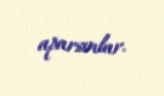
aparsınlar.